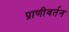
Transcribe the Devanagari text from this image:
प्राणीवर्तन